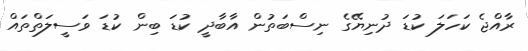
ރާއްޖެ ކަހަލަ ކުޑަ ދުނިޔޭގެ ނިސްބަތުން އާބާދީ ކުޑަ ބިން ކުޑަ ވަސީލަތްތައް